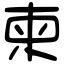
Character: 柬